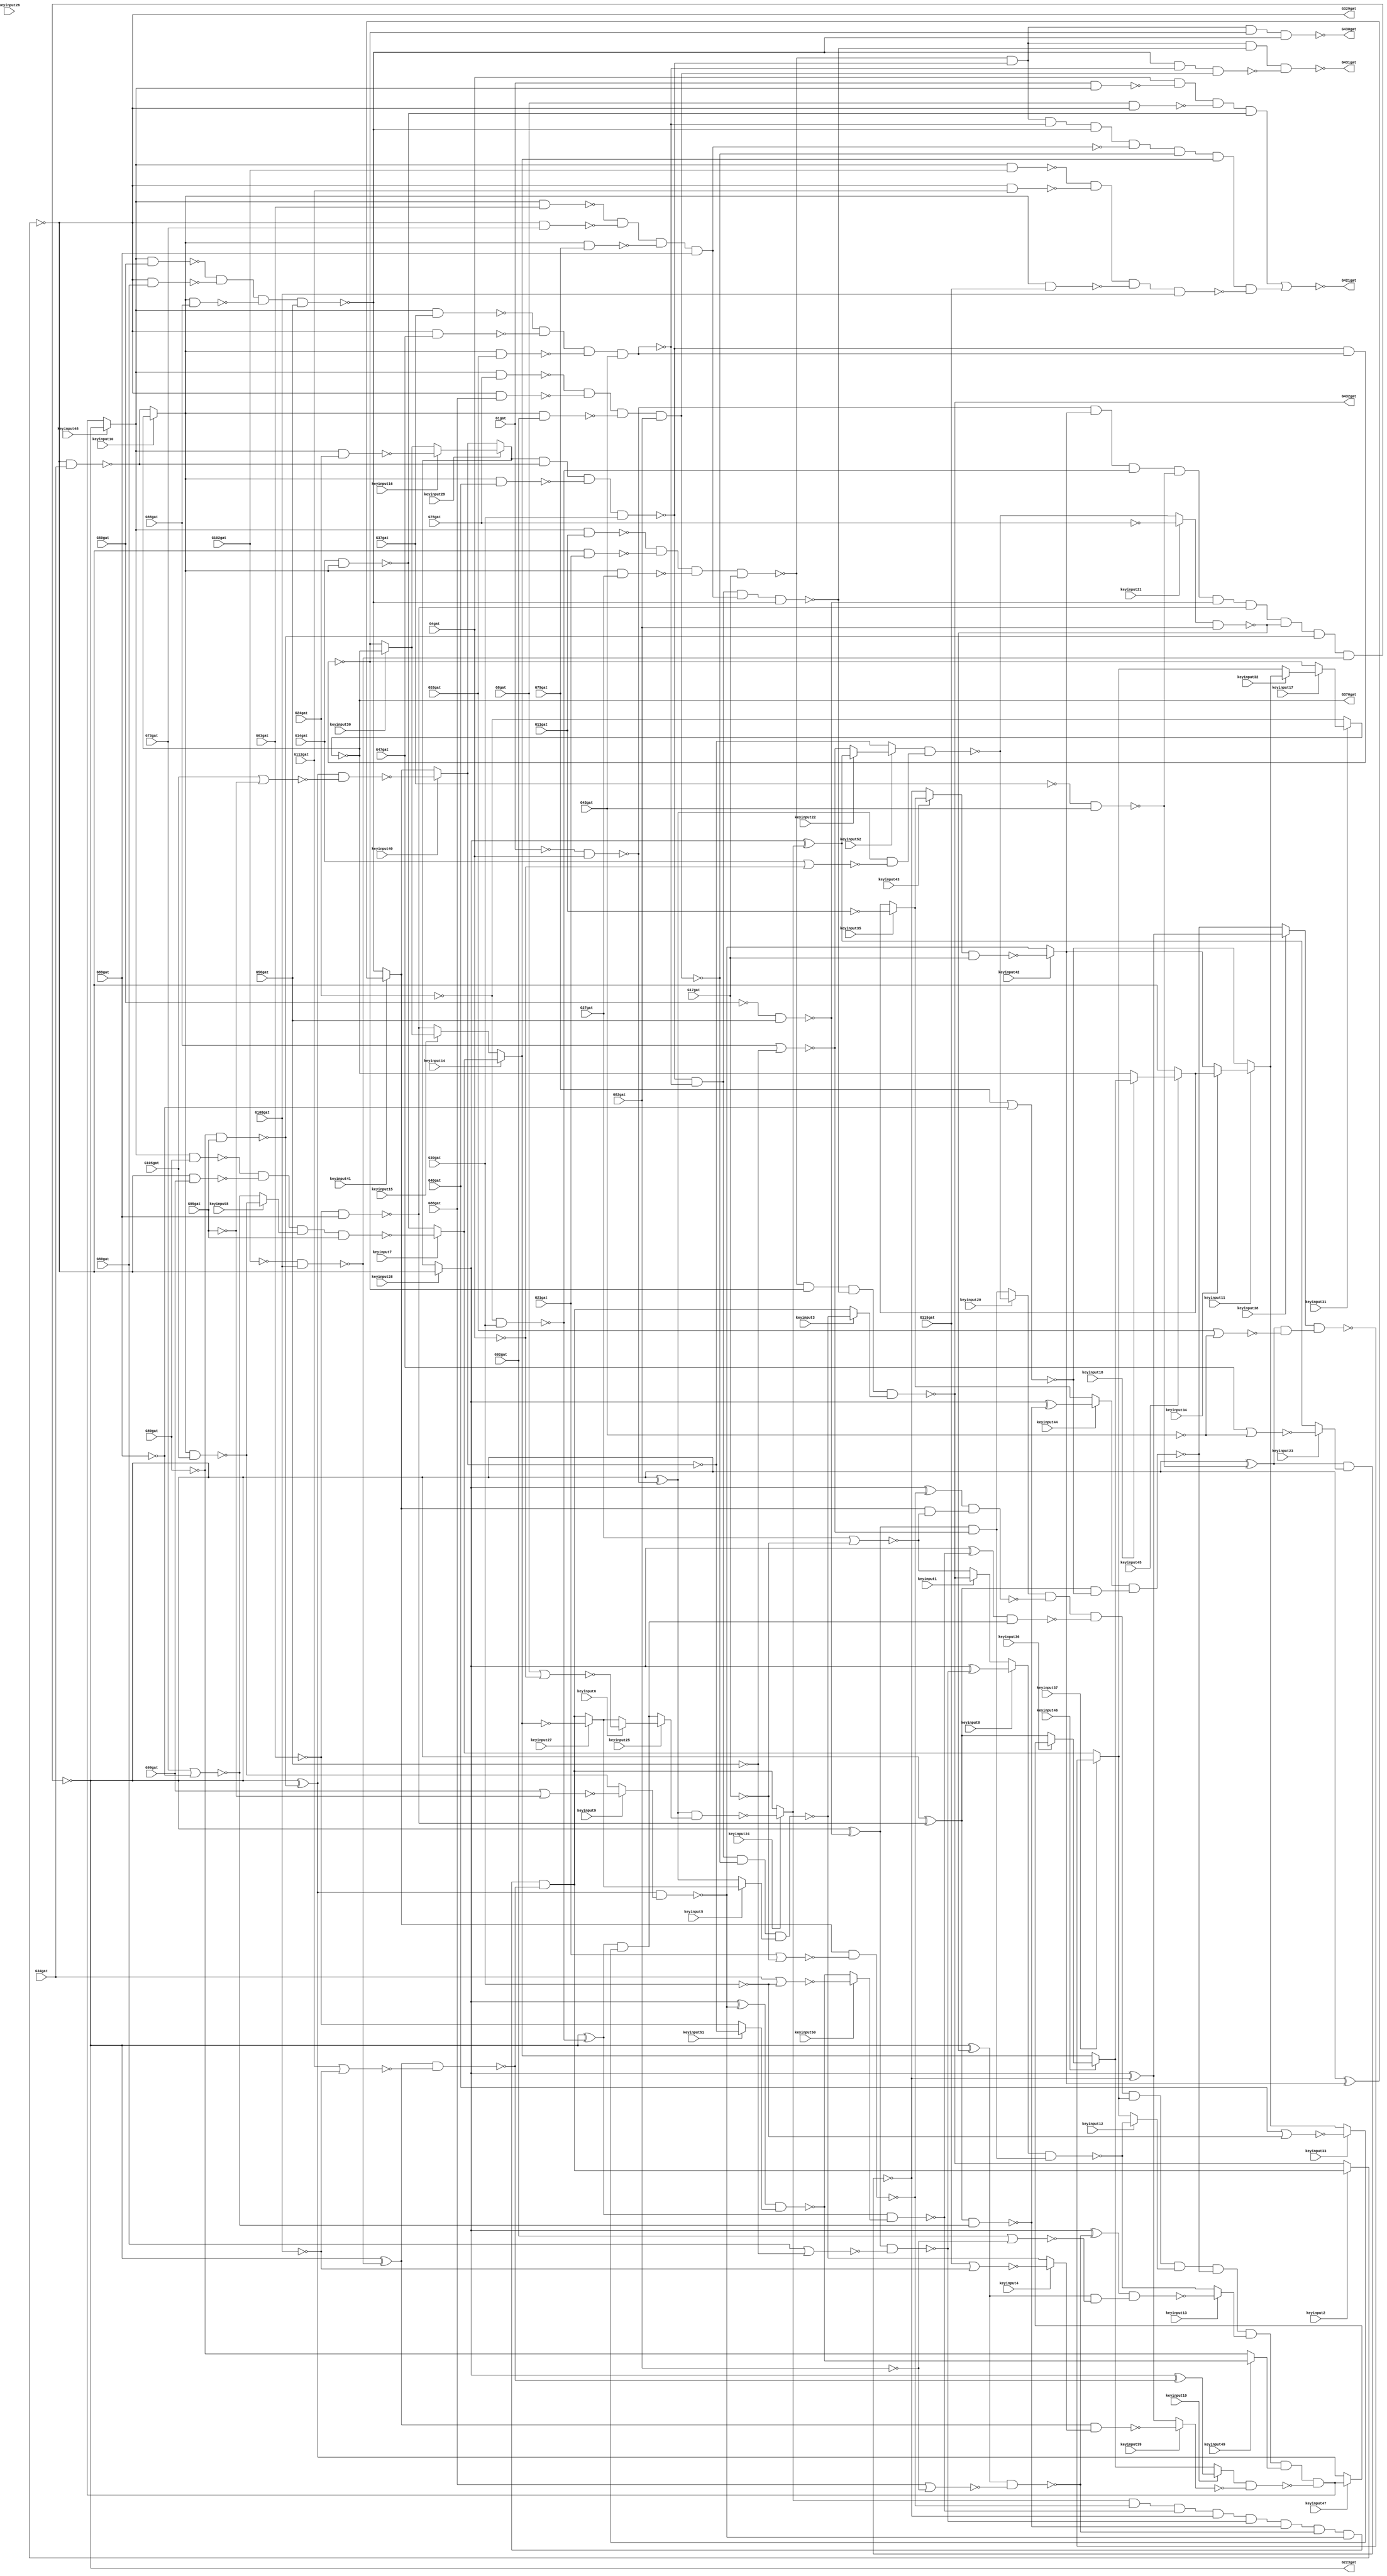
// Verilog File 
module top (G1gat,G4gat,G8gat,G11gat,G14gat,G17gat,G21gat,G24gat,G27gat,
G30gat,G34gat,G37gat,G40gat,G43gat,G47gat,G50gat,G53gat,G56gat,G60gat,
G63gat,G66gat,G69gat,G73gat,G76gat,G79gat,G82gat,G86gat,G89gat,G92gat,
G95gat,G99gat,G102gat,G105gat,G108gat,G112gat,G115gat,G223gat,G329gat,G370gat,
G421gat,G430gat,G431gat,G432gat,keyinput0,keyinput1,keyinput2,keyinput3,keyinput4,keyinput5,
keyinput6,keyinput7,keyinput8,keyinput9,keyinput10,keyinput11,keyinput12,keyinput13,keyinput14,keyinput15,
keyinput16,keyinput17,keyinput18,keyinput19,keyinput20,keyinput21,keyinput22,keyinput23,keyinput24,keyinput25,
keyinput26,keyinput27,keyinput28,keyinput29,keyinput30,keyinput31,keyinput32,keyinput33,keyinput34,keyinput35,
keyinput36,keyinput37,keyinput38,keyinput39,keyinput40,keyinput41,keyinput42,keyinput43,keyinput44,keyinput45,
keyinput46,keyinput47,keyinput48,keyinput49,keyinput50,keyinput51,keyinput52);

input G1gat,G4gat,G8gat,G11gat,G14gat,G17gat,G21gat,G24gat,G27gat,
G30gat,G34gat,G37gat,G40gat,G43gat,G47gat,G50gat,G53gat,G56gat,G60gat,
G63gat,G66gat,G69gat,G73gat,G76gat,G79gat,G82gat,G86gat,G89gat,G92gat,
G95gat,G99gat,G102gat,G105gat,G108gat,G112gat,G115gat,keyinput0,keyinput1,keyinput2,
keyinput3,keyinput4,keyinput5,keyinput6,keyinput7,keyinput8,keyinput9,keyinput10,keyinput11,keyinput12,
keyinput13,keyinput14,keyinput15,keyinput16,keyinput17,keyinput18,keyinput19,keyinput20,keyinput21,keyinput22,
keyinput23,keyinput24,keyinput25,keyinput26,keyinput27,keyinput28,keyinput29,keyinput30,keyinput31,keyinput32,
keyinput33,keyinput34,keyinput35,keyinput36,keyinput37,keyinput38,keyinput39,keyinput40,keyinput41,keyinput42,
keyinput43,keyinput44,keyinput45,keyinput46,keyinput47,keyinput48,keyinput49,keyinput50,keyinput51,keyinput52;

output G223gat,G329gat,G370gat,G421gat,G430gat,G431gat,G432gat;

wire G118gat,G119gat,G122gat,G123gat,G126gat,G127gat,G130gat,G131gat,G134gat,
G135gat,G138gat,G139gat,G142gat,G143gat,G146gat,G147gat,G150gat,G151gat,G154gat,
G157gat,G158gat,G159gat,G162gat,G165gat,G168gat,G171gat,G174gat,G177gat,G180gat,
G183gat,G184gat,G185gat,G186gat,G187gat,G188gat,G189gat,G190gat,G191gat,G192gat,
G193gat,G194gat,G195gat,G196gat,G197gat,G198gat,G199gat,G203gat,G213gat,G224gat,
G227gat,G230gat,G233gat,G236gat,G239gat,G242gat,G243gat,G246gat,G247gat,G250gat,
G251gat,G254gat,G255gat,G256gat,G257gat,G258gat,G259gat,G260gat,G263gat,G264gat,
G267gat,G270gat,G273gat,G276gat,G279gat,G282gat,G285gat,G288gat,G289gat,G290gat,
G291gat,G292gat,G293gat,G294gat,G295gat,G296gat,G300gat,G301gat,G302gat,G303gat,
G304gat,G305gat,G306gat,G307gat,G308gat,G309gat,G319gat,G330gat,G331gat,G332gat,
G333gat,G334gat,G335gat,G336gat,G337gat,G338gat,G339gat,G340gat,G341gat,G342gat,
G343gat,G344gat,G345gat,G346gat,G347gat,G348gat,G349gat,G350gat,G351gat,G352gat,
G353gat,G354gat,G355gat,G356gat,G357gat,G360gat,G371gat,G372gat,G373gat,G374gat,
G375gat,G376gat,G377gat,G378gat,G379gat,G380gat,G381gat,G386gat,G393gat,G399gat,
G404gat,G407gat,G411gat,G414gat,G415gat,G416gat,G417gat,G418gat,G419gat,G420gat,
G422gat,G425gat,G428gat,G429gat,muxed0,muxed1,muxed2,muxed3,muxed4,muxed5,
muxed6,muxed7,muxed8,muxed9,muxed10,muxed11,muxed12,muxed13,muxed14,muxed15,
muxed16,muxed17,muxed18,muxed19,muxed20,muxed21,muxed22,muxed23,muxed24,muxed25,
muxed26,muxed27,muxed28,muxed29,muxed30,muxed31,muxed32,muxed33,muxed34,muxed35,
muxed36,muxed37,muxed38,muxed39,muxed40,muxed41,muxed42,muxed43,muxed44,muxed45,
muxed46,muxed47,muxed48,muxed49,muxed50,muxed51,muxed52;
not gate_0(G118gat,G1gat);
not gate_1(G119gat,G4gat);
not gate_2(G122gat,G11gat);
not gate_3(G123gat,G17gat);
not gate_4(G126gat,G24gat);
not gate_5(G127gat,G30gat);
not gate_6(G130gat,G37gat);
not gate_7(G131gat,G43gat);
not gate_8(G134gat,G50gat);
not gate_9(G135gat,G56gat);
not gate_10(G138gat,G63gat);
not gate_11(G139gat,G69gat);
not gate_12(G142gat,G76gat);
not gate_13(G143gat,G82gat);
not gate_14(G146gat,G89gat);
not gate_15(G147gat,G95gat);
not gate_16(G150gat,G102gat);
not gate_17(G151gat,G108gat);
nand gate_18(G154gat,G118gat,G4gat);
nor gate_19(G157gat,G8gat,G119gat);
nor gate_20(G158gat,G14gat,G119gat);
nand gate_21(G159gat,muxed43,G17gat);
nand gate_22(G162gat,G126gat,G30gat);
nand gate_23(G165gat,G130gat,G43gat);
nand gate_24(G168gat,G134gat,G56gat);
nand gate_25(G171gat,G138gat,G69gat);
nand gate_26(G174gat,muxed21,G82gat);
nand gate_27(G177gat,G146gat,G95gat);
nand gate_28(G180gat,G150gat,G108gat);
nor gate_29(G183gat,G21gat,G123gat);
nor gate_30(G184gat,G27gat,G123gat);
nor gate_31(G185gat,G34gat,G127gat);
nor gate_32(G186gat,G40gat,G127gat);
nor gate_33(G187gat,G47gat,G131gat);
nor gate_34(G188gat,G53gat,G131gat);
nor gate_35(G189gat,G60gat,G135gat);
nor gate_36(G190gat,G66gat,G135gat);
nor gate_37(G191gat,G73gat,G139gat);
nor gate_38(G192gat,G79gat,G139gat);
nor gate_39(G193gat,G86gat,G143gat);
nor gate_40(G194gat,G92gat,G143gat);
nor gate_41(G195gat,G99gat,G147gat);
nor gate_42(G196gat,G105gat,G147gat);
nor gate_43(G197gat,G112gat,G151gat);
nor gate_44(G198gat,G115gat,G151gat);
and gate_45(G199gat,G154gat,muxed42,G162gat,G165gat,G168gat,G171gat,G174gat,G177gat,G180gat);
not gate_46(G203gat,G199gat);
not gate_47(G213gat,G199gat);
not gate_48(G223gat,G199gat);
xor gate_49(G224gat,G203gat,G154gat);
xor gate_50(G227gat,G203gat,muxed42);
xor gate_51(G230gat,G203gat,G162gat);
xor gate_52(G233gat,G203gat,G165gat);
xor gate_53(G236gat,G203gat,G168gat);
xor gate_54(G239gat,G203gat,G171gat);
nand gate_55(G242gat,G1gat,muxed48);
xor gate_56(G243gat,G203gat,G174gat);
nand gate_57(G246gat,muxed48,G11gat);
xor gate_58(G247gat,G203gat,G177gat);
nand gate_59(G250gat,muxed48,G24gat);
xor gate_60(G251gat,G203gat,G180gat);
nand gate_61(G254gat,muxed48,G37gat);
nand gate_62(G255gat,muxed48,G50gat);
nand gate_63(G256gat,muxed48,G63gat);
nand gate_64(G257gat,muxed48,G76gat);
nand gate_65(G258gat,muxed48,G89gat);
nand gate_66(G259gat,muxed48,G102gat);
nand gate_67(G260gat,G224gat,muxed25);
nand gate_68(G263gat,G224gat,G158gat);
nand gate_69(G264gat,muxed41,G183gat);
nand gate_70(G267gat,G230gat,muxed50);
nand gate_71(G270gat,G233gat,muxed23);
nand gate_72(G273gat,G236gat,G189gat);
nand gate_73(G276gat,G239gat,G191gat);
nand gate_74(G279gat,G243gat,G193gat);
nand gate_75(G282gat,G247gat,muxed9);
nand gate_76(G285gat,G251gat,G197gat);
nand gate_77(G288gat,muxed41,G184gat);
nand gate_78(G289gat,G230gat,muxed33);
nand gate_79(G290gat,G233gat,G188gat);
nand gate_80(G291gat,G236gat,G190gat);
nand gate_81(G292gat,G239gat,G192gat);
nand gate_82(G293gat,G243gat,G194gat);
nand gate_83(G294gat,G247gat,G196gat);
nand gate_84(G295gat,G251gat,muxed4);
and gate_85(G296gat,muxed24,G264gat,G267gat,G270gat,G273gat,G276gat,G279gat,G282gat,G285gat);
not gate_86(G300gat,G263gat);
not gate_87(G301gat,G288gat);
not gate_88(G302gat,G289gat);
not gate_89(G303gat,G290gat);
not gate_90(G304gat,G291gat);
not gate_91(G305gat,G292gat);
not gate_92(G306gat,G293gat);
not gate_93(G307gat,muxed40);
not gate_94(G308gat,muxed39);
not gate_95(G309gat,muxed2);
not gate_96(G319gat,muxed2);
not gate_97(G329gat,muxed2);
xor gate_98(G330gat,muxed28,muxed24);
xor gate_99(G331gat,muxed28,G264gat);
xor gate_100(G332gat,muxed28,G267gat);
xor gate_101(G333gat,muxed28,G270gat);
nand gate_102(G334gat,G8gat,G319gat);
xor gate_103(G335gat,muxed28,G273gat);
nand gate_104(G336gat,G319gat,G21gat);
xor gate_105(G337gat,muxed28,G276gat);
nand gate_106(G338gat,G319gat,G34gat);
xor gate_107(G339gat,muxed28,G279gat);
nand gate_108(G340gat,G319gat,G47gat);
xor gate_109(G341gat,muxed28,G282gat);
nand gate_110(G342gat,G319gat,G60gat);
xor gate_111(G343gat,muxed28,G285gat);
nand gate_112(G344gat,G319gat,G73gat);
nand gate_113(G345gat,G319gat,G86gat);
nand gate_114(G346gat,G319gat,G99gat);
nand gate_115(G347gat,G319gat,G112gat);
nand gate_116(G348gat,muxed52,G300gat);
nand gate_117(G349gat,G331gat,G301gat);
nand gate_118(G350gat,G332gat,G302gat);
nand gate_119(G351gat,muxed38,G303gat);
nand gate_120(G352gat,muxed0,G304gat);
nand gate_121(G353gat,muxed44,G305gat);
nand gate_122(G354gat,G339gat,G306gat);
nand gate_123(G355gat,G341gat,muxed51);
nand gate_124(G356gat,muxed19,G308gat);
and gate_125(G357gat,muxed20,G349gat,G350gat,muxed37,muxed12,G353gat,muxed13,muxed49,G356gat);
not gate_126(G360gat,muxed31);
not gate_127(G370gat,muxed31);
nand gate_128(G371gat,G14gat,muxed10);
nand gate_129(G372gat,muxed10,G27gat);
nand gate_130(G373gat,muxed10,G40gat);
nand gate_131(G374gat,muxed10,G53gat);
nand gate_132(G375gat,muxed10,G66gat);
nand gate_133(G376gat,muxed10,G79gat);
nand gate_134(G377gat,muxed10,G92gat);
nand gate_135(G378gat,muxed10,G105gat);
nand gate_136(G379gat,muxed10,G115gat);
nand gate_137(G380gat,G4gat,G242gat,G334gat,G371gat);
nand gate_138(G381gat,G246gat,G336gat,G372gat,G17gat);
nand gate_139(G386gat,muxed29,G338gat,G373gat,G30gat);
nand gate_140(G393gat,G254gat,G340gat,G374gat,G43gat);
nand gate_141(G399gat,G255gat,G342gat,G375gat,G56gat);
nand gate_142(G404gat,G256gat,G344gat,G376gat,G69gat);
nand gate_143(G407gat,G257gat,G345gat,G377gat,G82gat);
nand gate_144(G411gat,G258gat,G346gat,muxed8,G95gat);
nand gate_145(G414gat,G259gat,G347gat,G379gat,G108gat);
not gate_146(G415gat,G380gat);
and gate_147(G416gat,G381gat,G386gat,G393gat,G399gat,G404gat,G407gat,muxed14,G414gat);
not gate_148(G417gat,G393gat);
not gate_149(G418gat,G404gat);
not gate_150(G419gat,G407gat);
not gate_151(G420gat,muxed14);
nor gate_152(G421gat,G415gat,G416gat);
nand gate_153(G422gat,G386gat,G417gat);
nand gate_154(G425gat,G386gat,G393gat,G418gat,G399gat);
nand gate_155(G428gat,G399gat,G393gat,G419gat);
nand gate_156(G429gat,G386gat,G393gat,G407gat,muxed5);
nand gate_157(G430gat,G381gat,G386gat,G422gat,G399gat);
nand gate_158(G431gat,G381gat,G386gat,G425gat,G428gat);
nand gate_159(G432gat,G381gat,G422gat,G425gat,muxed3);
assign muxed0 = keyinput0 ? G335gat : muxed1;
assign muxed1 = keyinput1 ? G432gat : G184gat;
assign muxed2 = keyinput2 ? G296gat : G432gat;
assign muxed3 = keyinput3 ? G429gat : G296gat;
assign muxed4 = keyinput4 ? G198gat : G429gat;
assign muxed5 = keyinput5 ? muxed27 : G224gat;
assign muxed6 = keyinput6 ? G157gat : muxed27;
assign muxed7 = keyinput7 ? G411gat : G371gat;
assign muxed8 = keyinput8 ? G378gat : G191gat;
assign muxed9 = keyinput9 ? G195gat : G378gat;
assign muxed10 = keyinput10 ? G360gat : G338gat;
assign muxed11 = keyinput11 ? muxed34 : G192gat;
assign muxed12 = keyinput12 ? G352gat : muxed37;
assign muxed13 = keyinput13 ? G354gat : G352gat;
assign muxed14 = keyinput14 ? muxed7 : muxed15;
assign muxed15 = keyinput15 ? muxed30 : G171gat;
assign muxed16 = keyinput16 ? G250gat : muxed30;
assign muxed17 = keyinput17 ? muxed32 : G422gat;
assign muxed18 = keyinput18 ? muxed46 : G360gat;
assign muxed19 = keyinput19 ? G343gat : muxed46;
assign muxed20 = keyinput20 ? G348gat : G304gat;
assign muxed21 = keyinput21 ? G142gat : G348gat;
assign muxed22 = keyinput22 ? G330gat : G190gat;
assign muxed23 = keyinput23 ? G187gat : G330gat;
assign muxed24 = keyinput24 ? G260gat : G296gat;
assign muxed25 = keyinput25 ? muxed26 : G302gat;
assign muxed26 = keyinput26 ? muxed6 : muxed6;
assign muxed27 = keyinput27 ? G420gat : G296gat;
assign muxed28 = keyinput28 ? G309gat : muxed29;
assign muxed29 = keyinput29 ? muxed16 : muxed40;
assign muxed30 = keyinput30 ? G370gat : G422gat;
assign muxed31 = keyinput31 ? muxed17 : G126gat;
assign muxed32 = keyinput32 ? muxed11 : muxed37;
assign muxed33 = keyinput33 ? G186gat : muxed11;
assign muxed34 = keyinput34 ? muxed45 : muxed42;
assign muxed35 = keyinput35 ? G122gat : muxed45;
assign muxed36 = keyinput36 ? muxed47 : G239gat;
assign muxed37 = keyinput37 ? G351gat : muxed7;
assign muxed38 = keyinput38 ? G333gat : G353gat;
assign muxed39 = keyinput39 ? G295gat : G333gat;
assign muxed40 = keyinput40 ? G294gat : muxed41;
assign muxed41 = keyinput41 ? G227gat : G399gat;
assign muxed42 = keyinput42 ? G159gat : G282gat;
assign muxed43 = keyinput43 ? muxed35 : G270gat;
assign muxed44 = keyinput44 ? G337gat : muxed35;
assign muxed45 = keyinput45 ? muxed18 : G319gat;
assign muxed46 = keyinput46 ? muxed36 : muxed14;
assign muxed47 = keyinput47 ? G357gat : G247gat;
assign muxed48 = keyinput48 ? G213gat : G357gat;
assign muxed49 = keyinput49 ? G355gat : G146gat;
assign muxed50 = keyinput50 ? G185gat : G355gat;
assign muxed51 = keyinput51 ? G307gat : G138gat;
assign muxed52 = keyinput52 ? muxed22 : G307gat;
endmodule